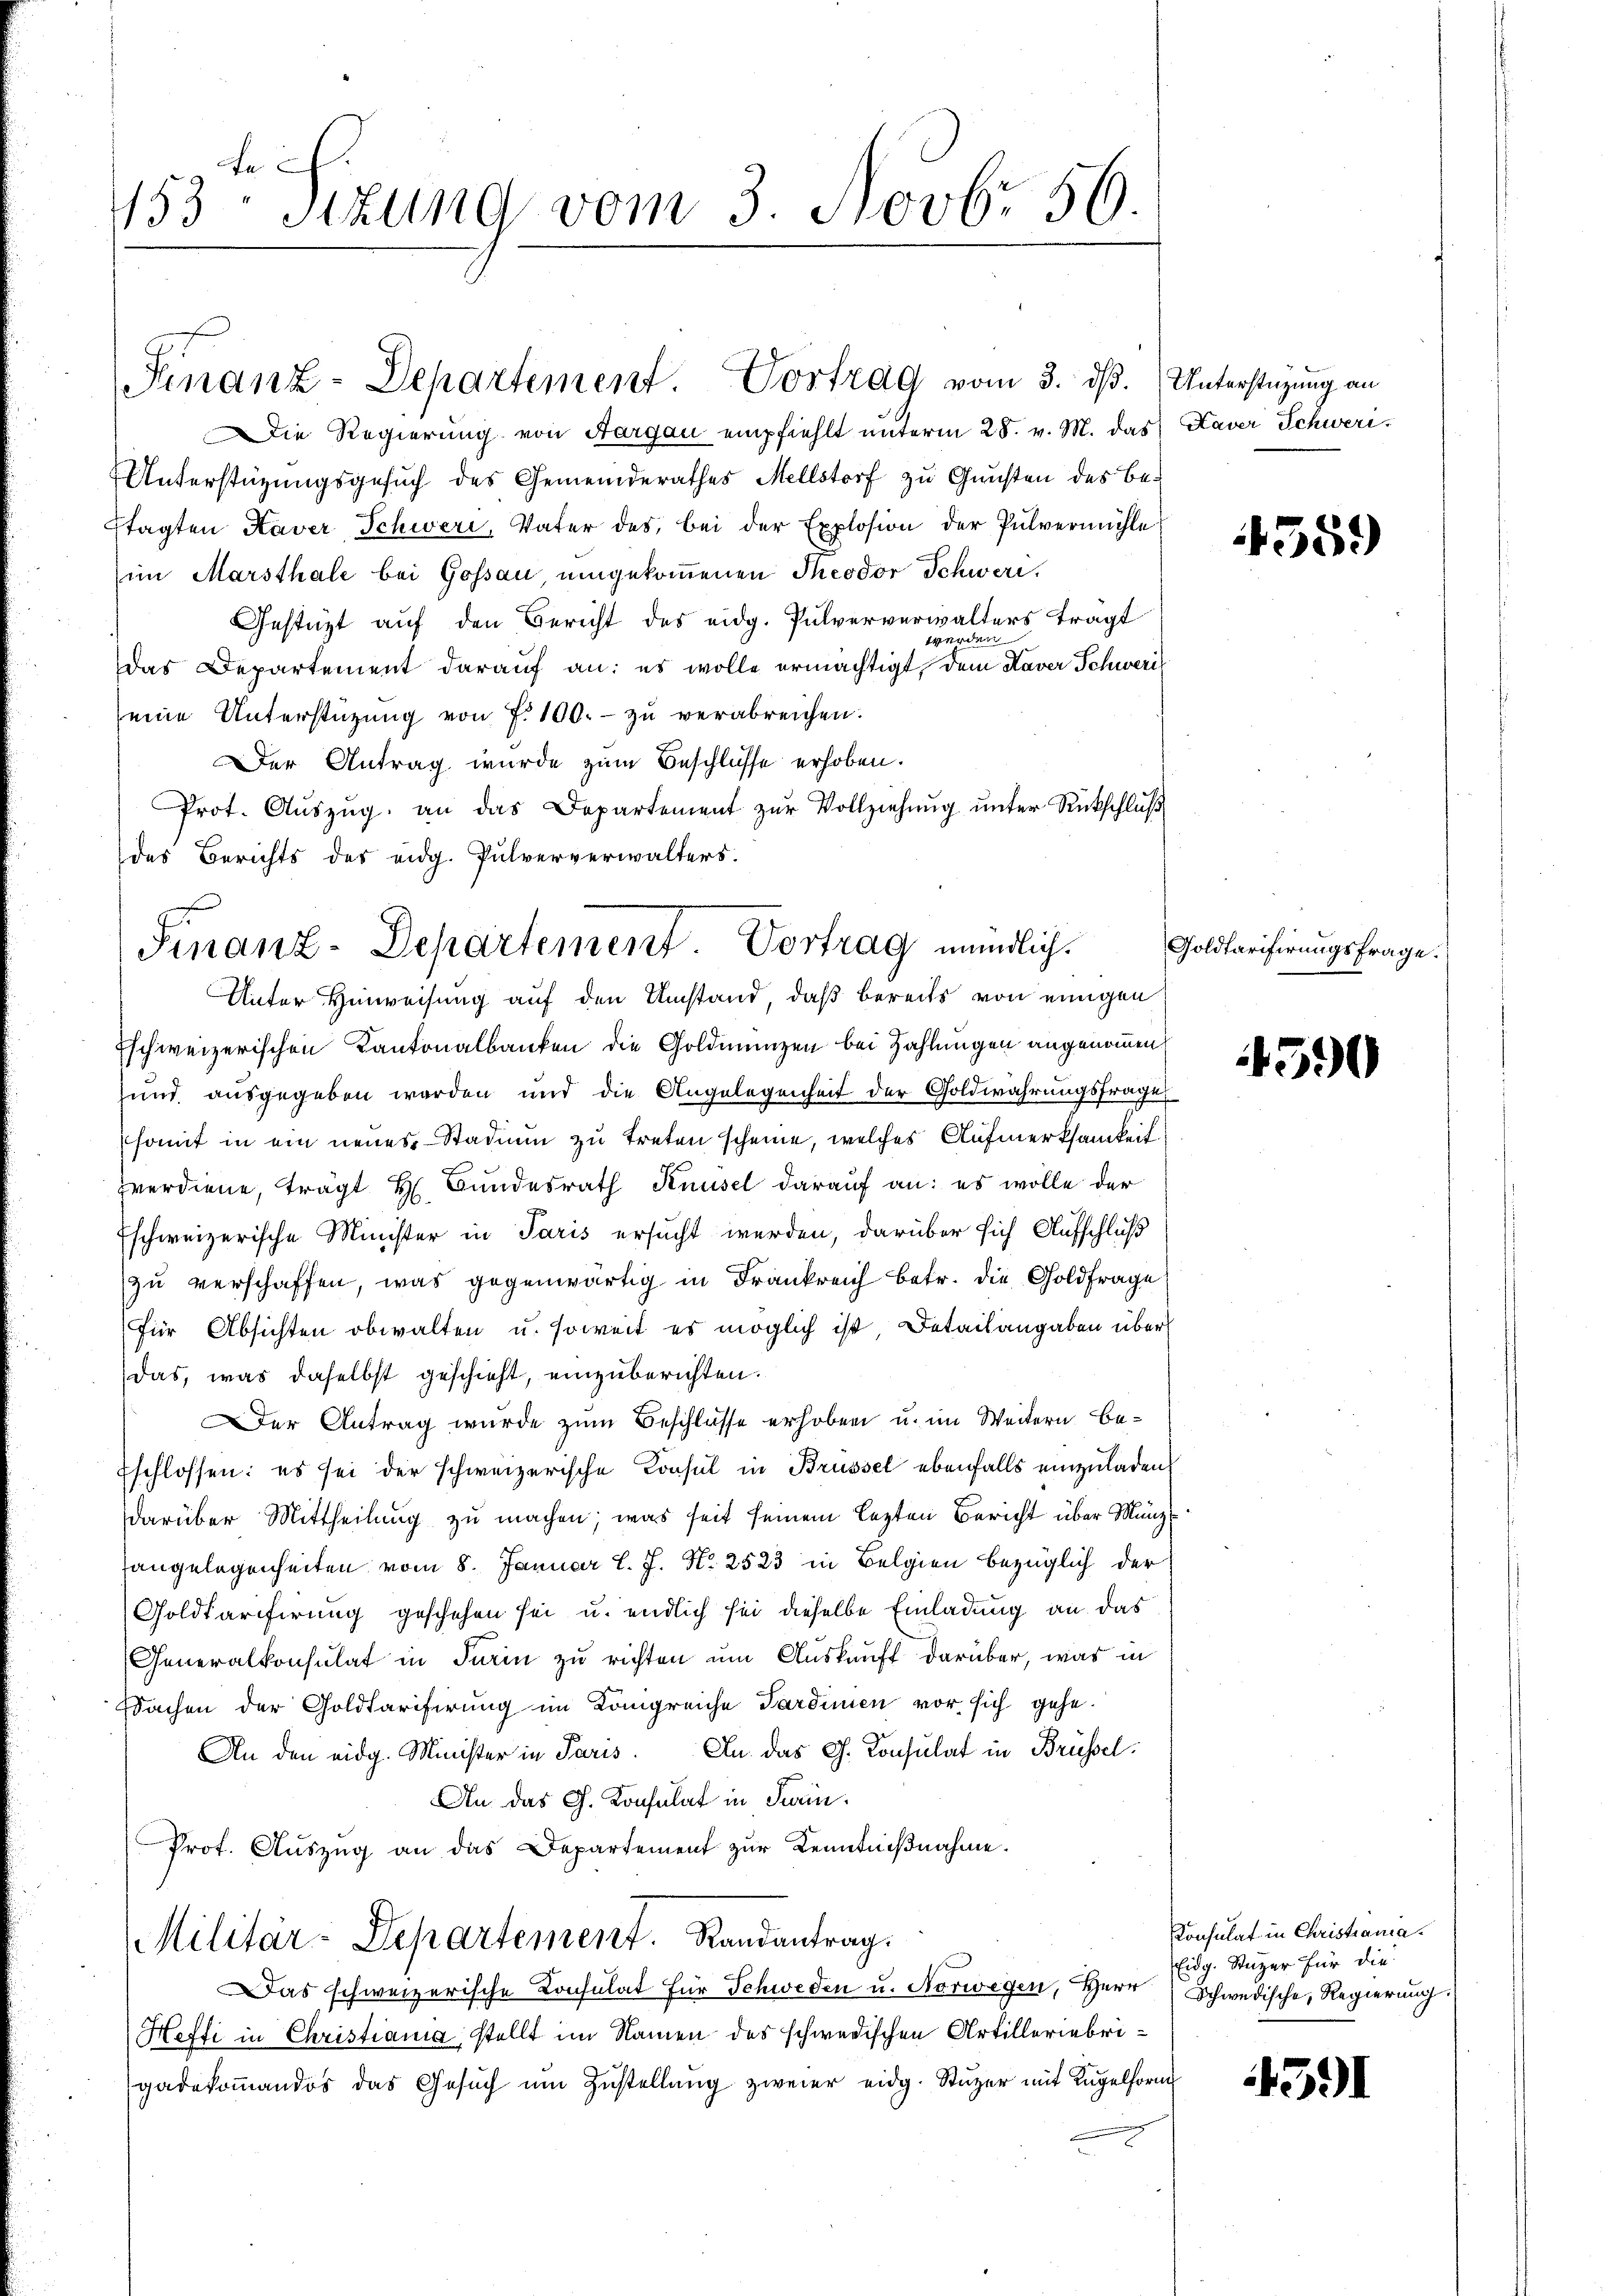
153ten Sizung vom 3. Novb. 56.

Finanz-Departement. Vortrag vom 3. dß. Unterstüzung an

Die Regierung von Aargau empfiehlt unterm 28. v. M. das Kaver Schweri¬
Unterstüzungsgesuch des Gemeinderathes Mellstorf zu Gunsten des Beftagten Kaver Schwere, Vater des bei der Explosion der Pulvermühle
im Marsthale bei Gossau umgekommenen Theodor Schweri¬
Gestüzt auf den Bericht des eidg. Pulververwalters tragt
werden
das Departement darauf an: es wolle ermächtigt, dem Kaver Schweri
seine Unterstützŭng von 7. 100.- zŭ verabreichen.
Der Antrag wurde zum Beschlüsse erhoben.
Prot. Aŭszŭg. an das Departement zŭr Vollziehŭng ŭnter Rückschlŭβ
des Berichts des eidg. Pulververwalters.
Unter Hinweisung auf den Umstand, daß bereits von einigen
Eschweizerischen Kantonalbanken die Goldmünzen bei Zahlungen angenommen,
und ausgegeben werden und die Angelegenheit der Goldwahrungsfrage
somit in ein neues Stadium zu treten scheine, welches Aufmerksamkeit
zverdiene, trägt H. Bundesrath Knüsel darauf an: es wolle der
Eschweizerische Minister in Paris ersucht werden, darüber sich Aufschluß
zu verschaffen, was gegenwärtig in Frankreich betr. die Goldfrage
für Absichten obwalten u. soweit es möglich ist, Detailangaben über
das, was daselbst geschieht, einzuberichten.
Der Antrag wurde zum Beschlüsse erhoben u. im Weitern be¬
Eschlossen: es sei der schweizerische Konsul in Brüssel ebenfalls einzuladen
darüber Mittheilung zu machen; was seit seinem lezten Bericht über Münzangelegenheiten vom 8. Januar l. J. N. 2523 in Belgien bezüglich der
Goldtarifirung geschehen sei u. endlich sei dieselbe Einladung an das
Generalkonsulat in darin zu richten um Auskauft darüber, was in
Sachen der Goldtarifirung im Kongreiche Sardinien vor sich gehe.
An den eidg. Minister in Paris. An das G. Consulat in Brüssel
An das G. Konsulat in Turin.
Prot. Auszug an das Departement zur Kenntnißnahme.
Militär-Departement. Randantrag:
Das schweizerische Consulat für Schweden u. Norwegen, Herr
Heffi in Christiana stellt im Namen des schwedischen Artilleriebrigadekommandos das Gesŭch ŭm Zŭstellung zweier eidg. Stuzer mit Kugelform

Finanz-Departement Vortrag mündlich.

559

Goldtarifirungsfrage.

590

Konsulat in Christiania.
Eidg. Stuzer für die
Schwedische, Regierung.

391